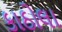
કાઠોલા